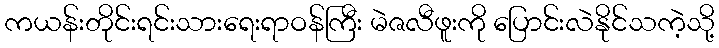
ကယန်းတိုင်းရင်းသားရေးရာဝန်ကြီး မဲဇလီဖူးကို ပြောင်းလဲနိုင်သကဲ့သို့